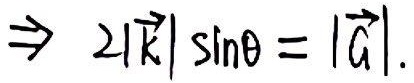
$\Rightarrow 2|\vec{k}|\sin\theta = |\vec{G}|$